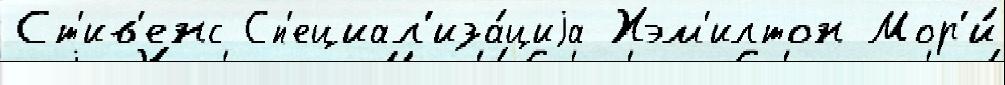
Ст'ив'енс Сп'ециал'иза́циjа Хэм'илтон Мор'и́